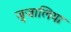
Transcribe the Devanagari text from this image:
जुजालिया